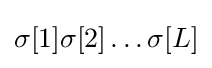
\sigma [1]\sigma [2]\ldots \sigma [L]